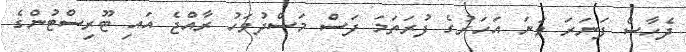
ދެހާސް ފަނަރަ ވަނަ އަހަރުގެ ފުރަތަމަ ފަސް މަސްދުވަހު ރާއްޖެ އައި ޓޫރިސްޓުންގެ